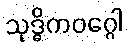
သုဒ္ဓိကဝဂ္ဂေါ